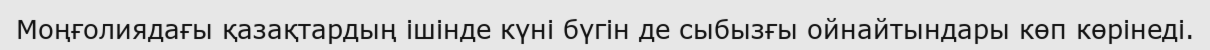
Моңғолиядағы қазақтардың ішінде күні бүгін де сыбызғы ойнайтындары көп көрінеді.